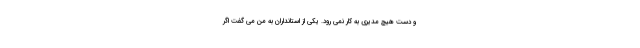
و دست هیچ مدیری به کار نمی رود. یکی از استانداران به من می گفت اگر